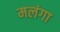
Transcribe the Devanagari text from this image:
मलंगा